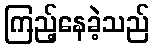
ကြည့်နေခဲ့သည်